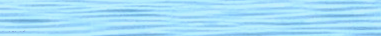
أقصر طريق إلى مركز التسوق